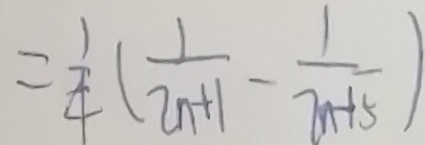
= \frac { 1 } { 4 } ( \frac { 1 } { 2 n + 1 } - \frac { 1 } { 7 n + 5 } )